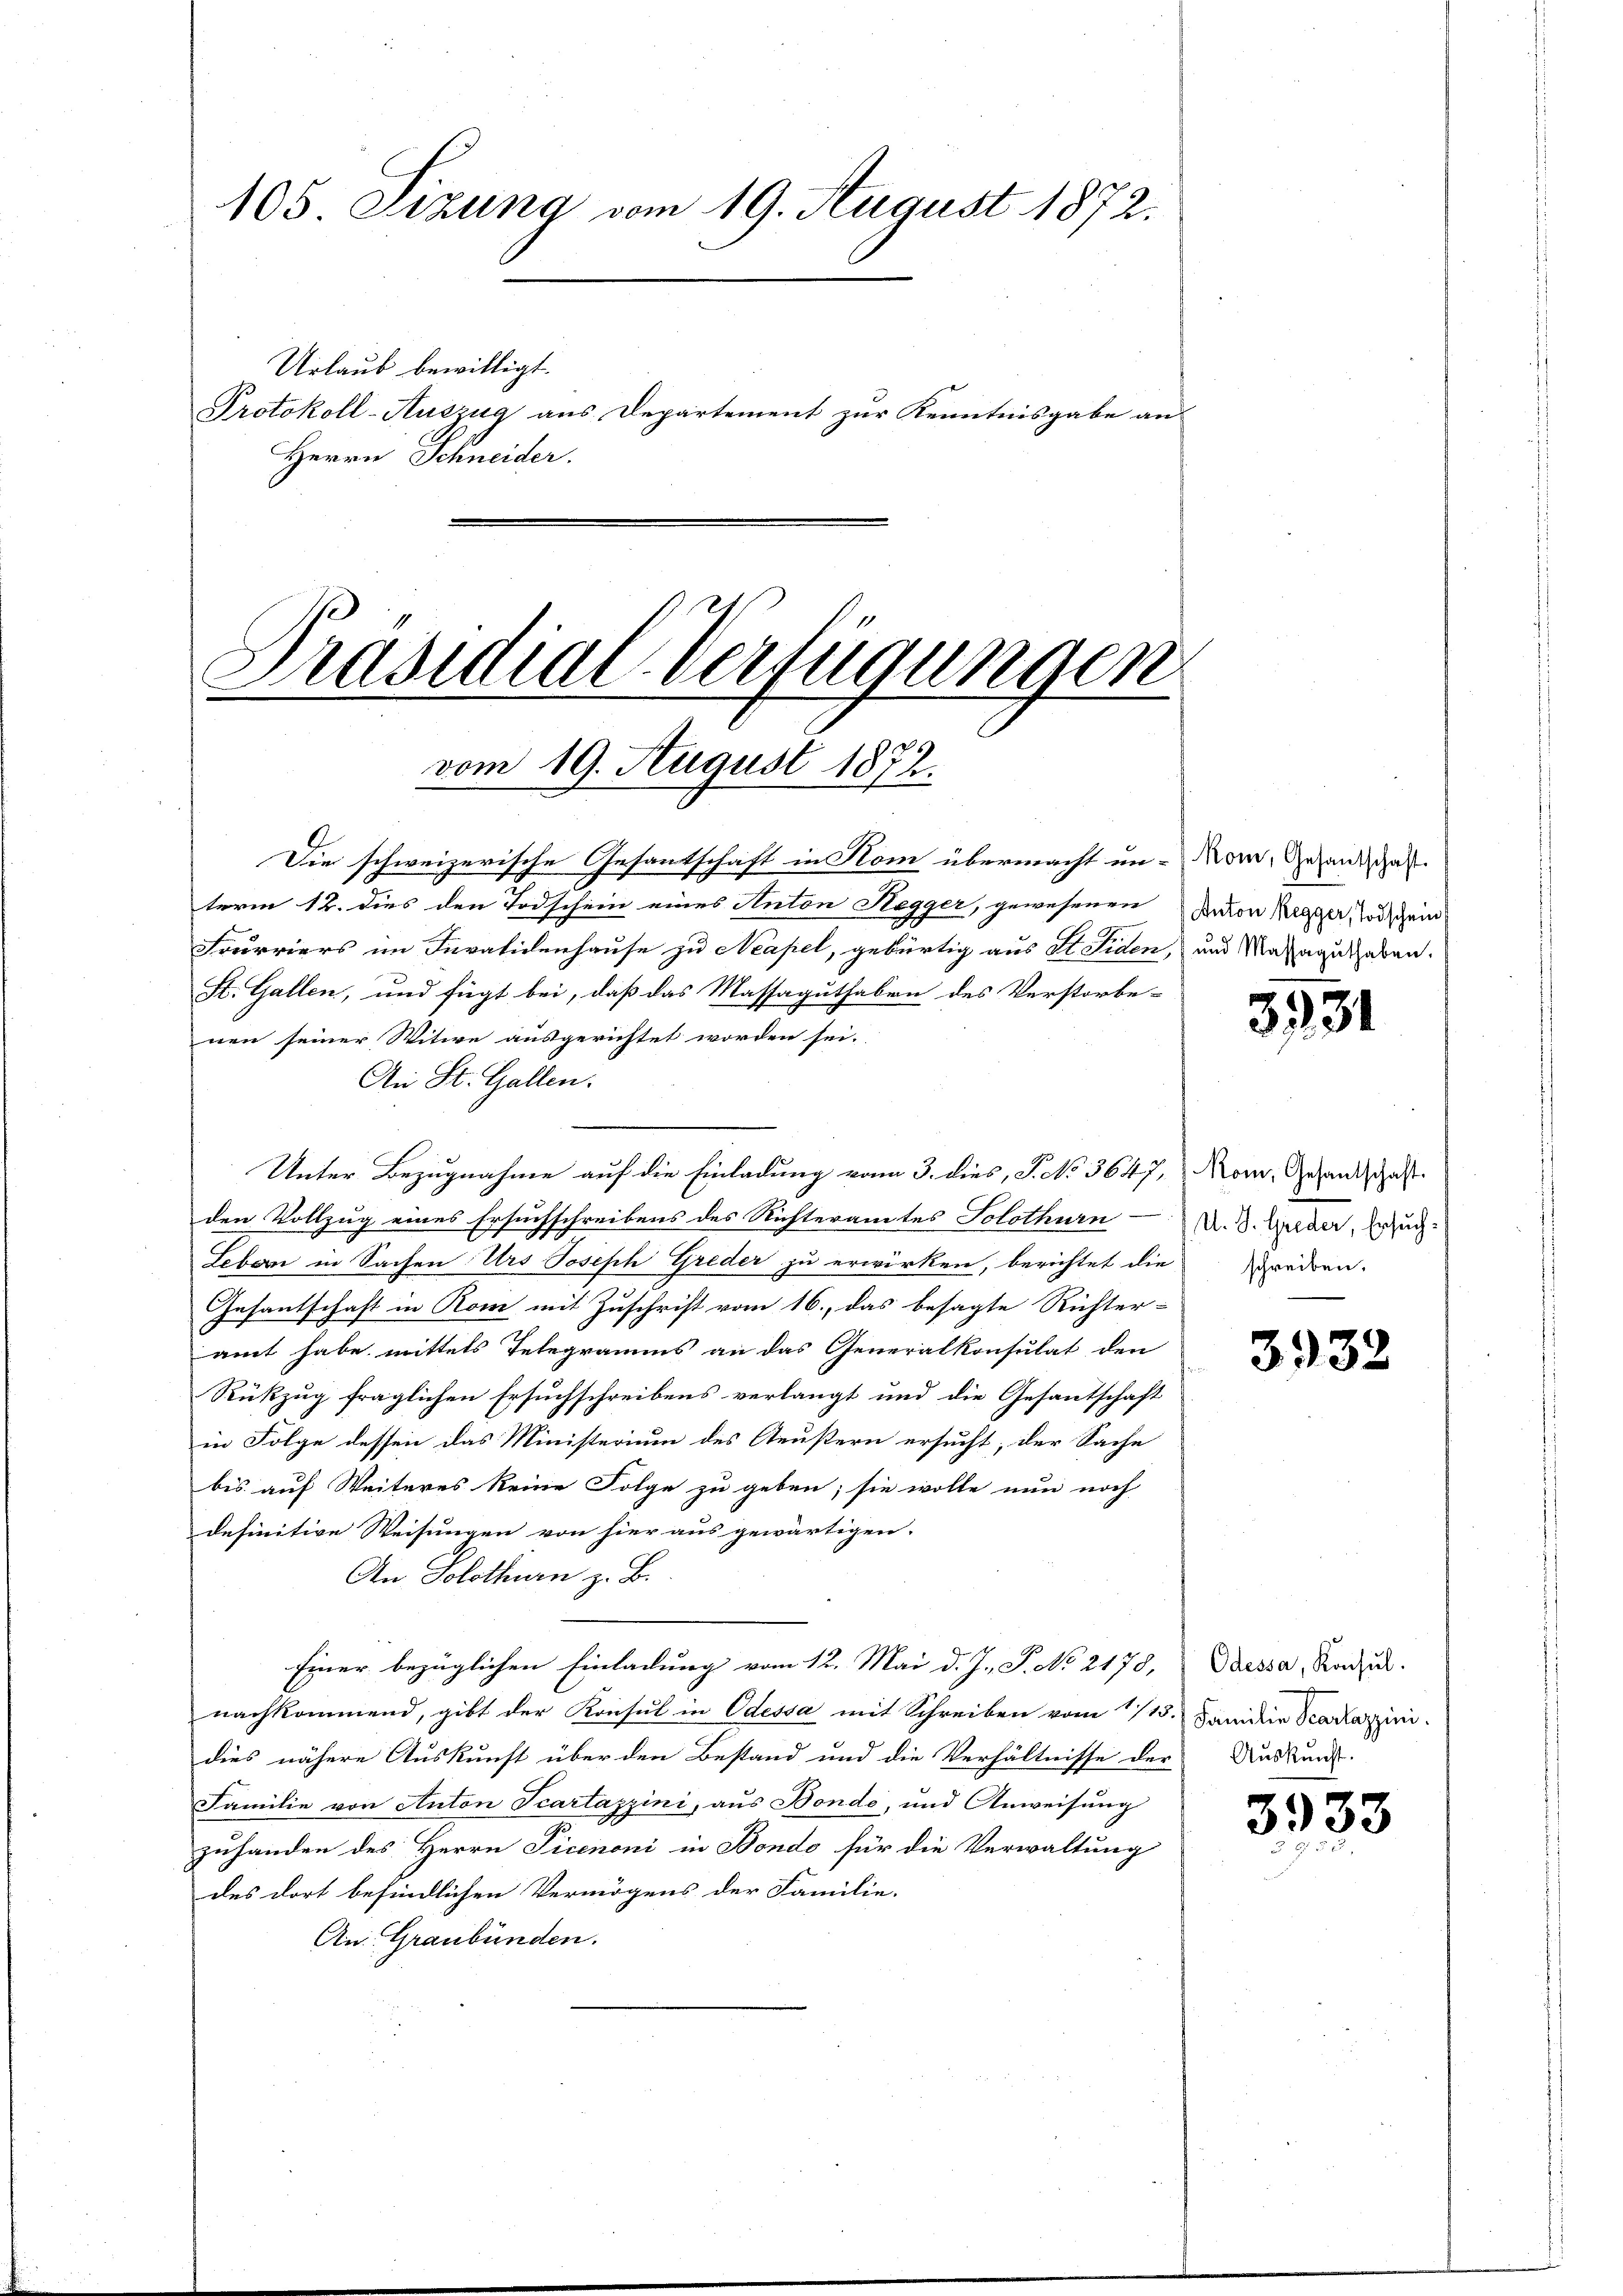
105. Sitzung vom 19. August 1872.
Urlaub bewilligt.
Protokoll-Auszug aus Departement zur Kenntnisgabe an
Herrn Schneider.

Präsidial-Verfügungen
u
259
vom 19. August 1874.

Die schweizerische Gesantschaft in Kom übermacht un-Now, Gesundige
term 12. dies den Todschein eines Anton Segger, gewesenen
Fourriers im Invalidenhause zu Neapel, gebürtig aus St. Siden, und Massaguthaben.
St. Gallen, und fügt bei, daß das Massaguthaben des Verstorbe-
nen seiner Witwe ausgerichtet worden sei.
An St. Gallen.
Unter Bezugnahme auf die Einladung vom 3. dies, P. No 364. 7,
den Vollzug eines Ersuchschreibens des Richteramtes Solothurn
Leborn in Sachen Urs Joseph Greder zu erwirken, berichtet die
Gesantschaft in Rom mit Zuschrift vom 16., das besagte Richter-
amt habe mittels Telegramms an das Generalkonsulat den
Rükzug fraglichen Ersuchschreibens verlangt und die Gesantschaft
in Folge dessen das Ministerium des Aeustern ersucht, der Sache
bis auf Weiteres keine Folge zu geben; sie wolle nun noch
definitive Weisungen von hier aus gewärtigen.
An Solothurn z. B.
Einer bezüglichen Einladung vom 12. Mai d. J. P. No 2178, Dessa, Kandik
nachkommend, gibt der Konsul in Odessa mit Schreiben vom 1/15. Familie Scartazzini
dies nähere Auskunft über den Bestand und die Verhältnisse der Auskunft-
Familie von Anton Scartazzini, aus Bonde, und Anweisung
zuhanden des Herrn Picenoni in Bondo für die Verwaltung
des dort befindlichen Vermögens der Familie.
An Graubünden.

Anton Regger, Todschein

3931

Rom, Gesantschaft.
U. S. Greder, Ersuch
schreiben.

3932

3933